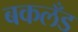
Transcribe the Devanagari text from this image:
बकलँड